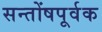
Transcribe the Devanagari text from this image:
सन्तोंषपूर्वक